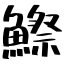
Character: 鰶